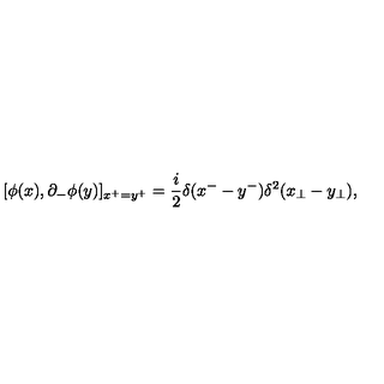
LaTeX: [ \phi ( x ) , \partial _ { - } \phi ( y ) ] _ { x ^ { + } = y ^ { + } } = \frac { i } { 2 } \delta ( x ^ { - } - y ^ { - } ) \delta ^ { 2 } ( x _ { \perp } - y _ { \perp } ) ,